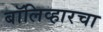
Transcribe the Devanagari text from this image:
बॉलिव्हारचा